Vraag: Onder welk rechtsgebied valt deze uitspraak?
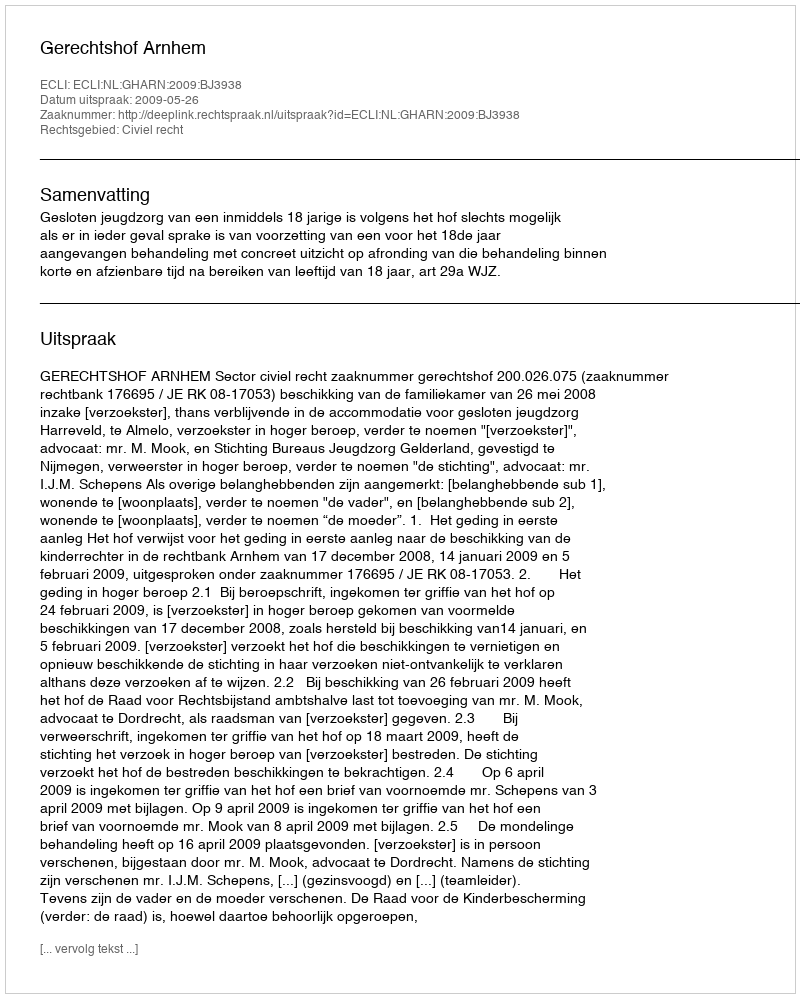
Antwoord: Civiel recht